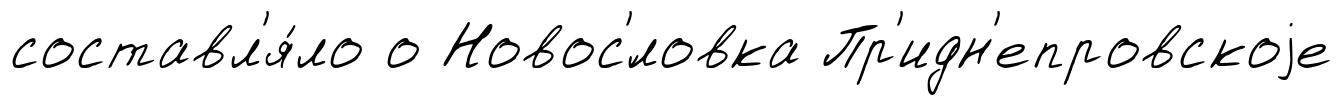
составл'я́ло о Новос'́ловка Пр'идн'епровскоjе